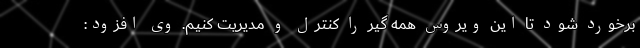
برخورد شود تا این ویروس همه گیر را کنترل و مدیریت کنیم. وی افزود: